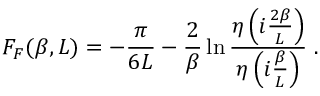
F _ { F } ( \beta , L ) = - \frac { \pi } { 6 L } - \frac { 2 } { \beta } \ln { \frac { \eta \left( i \frac { 2 \beta } { L } \right) } { \eta \left( i \frac { \beta } { L } \right) } } \; .